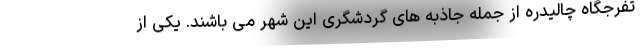
تفرجگاه چالیدره از جمله جاذبه های گردشگری این شهر می باشند. یکی از